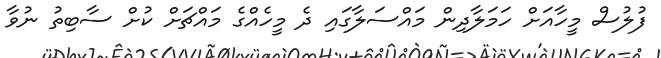
ފުލުސް މީހާއަށް ހަމަލާދިން މައްސަލާގައި ދެ މީހެއްގެ މައްޗަށް ކުށް ސާބިތު ނުވާ